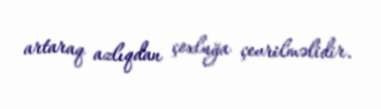
artaraq azlıqdan çoxluğa çevrilməlidir.